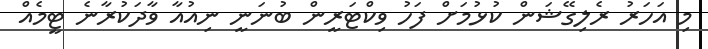
މި އަހަރު ރެލިގޭޝަން ކުޅުމަށް ފަހު ވިކްޓަރީން ބުނަނީ ނިއުއާ ވާދަކުރާނެ ޓީމެއް